Tartu_pedagoogiumi_aruanded, lk 15
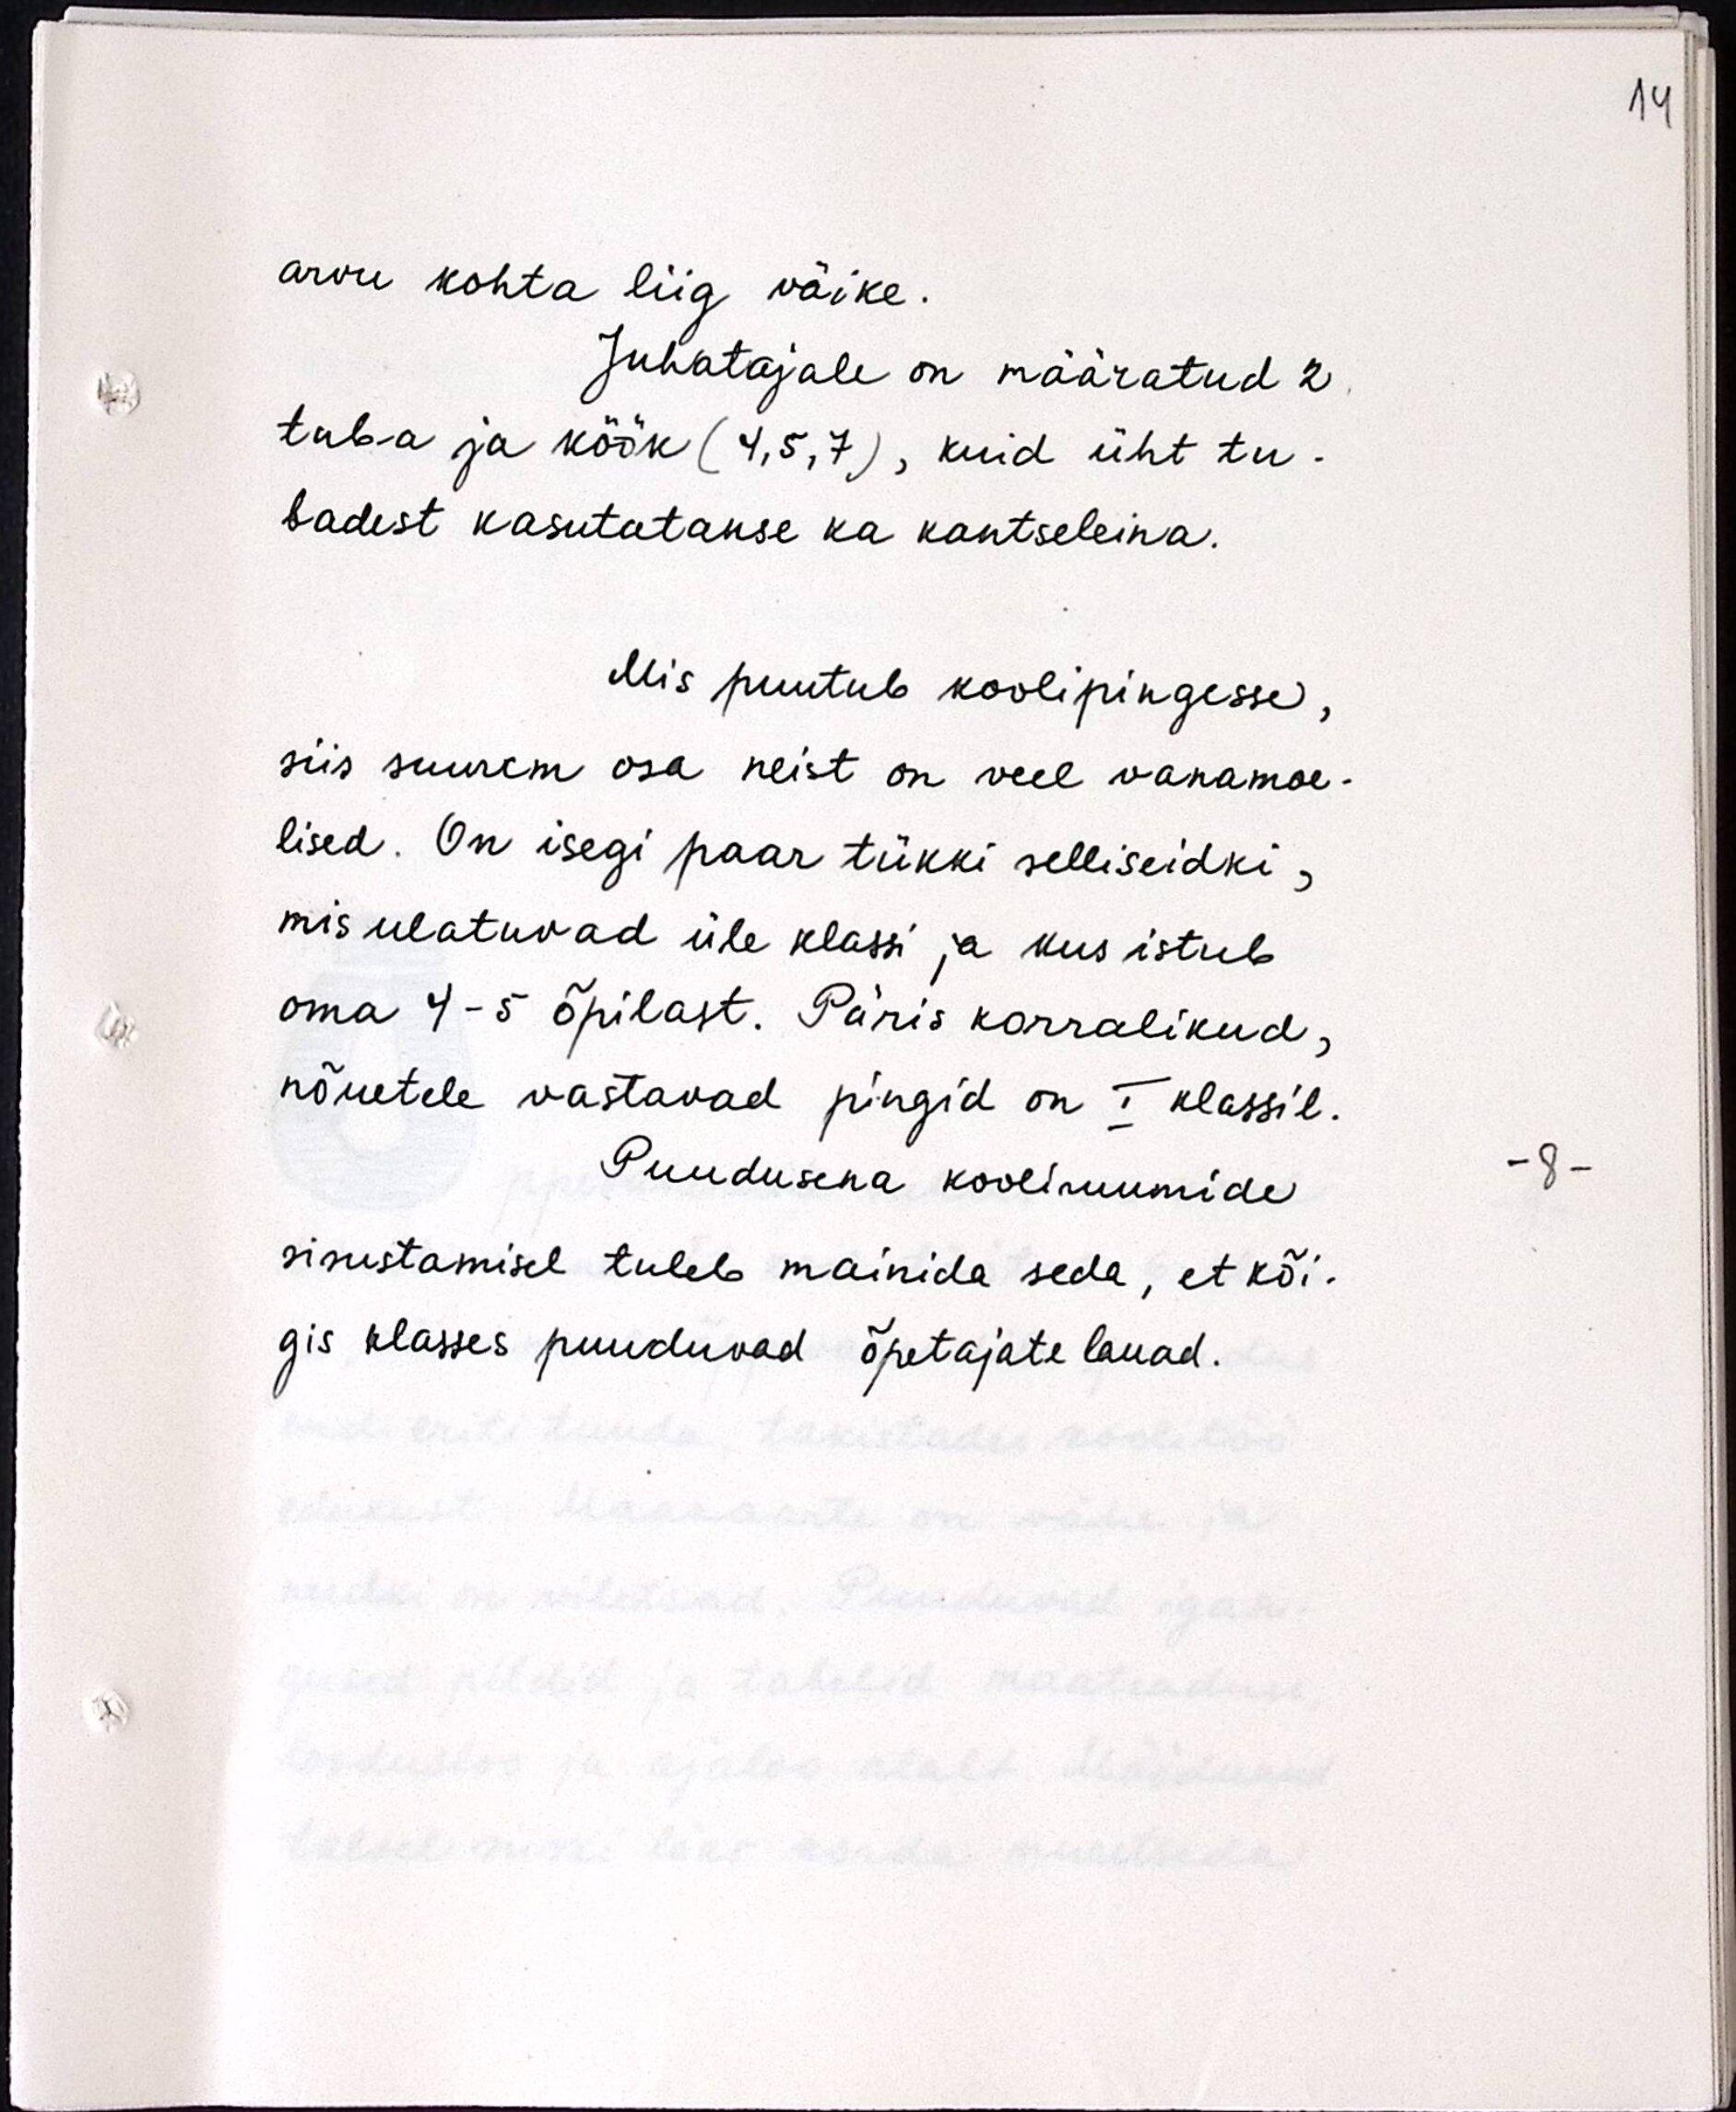
arvu kohta liig väike.
Juhatajale on määratud 2
tuba ja köök (4,5,7), kuid üht tu-
badest kasutatakse ka kantseleina.
Mis puutub koolipingesse,
siis suurem osa neist on veel vanamoe-
lised. On isegi paar tükki selliseidki,
mis ulatuvad üle klassi ja kus istub
oma 4-5 õpilast. Päris korralikud,
nõuetele vastavad pingid on I klassil.
Puudusena kooliruumide
sisustamisel tuleb mainida seda, et kõi-
gis klassis puuduvad õpetajate lauad.